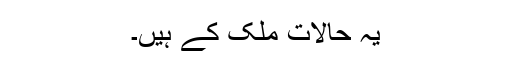
یہ حالات ملک کے ہیں۔